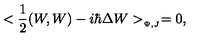
< { \frac { 1 } { 2 } } ( W , W ) - i \hbar \Delta W > _ { _ { \Psi , J } } = 0 ,